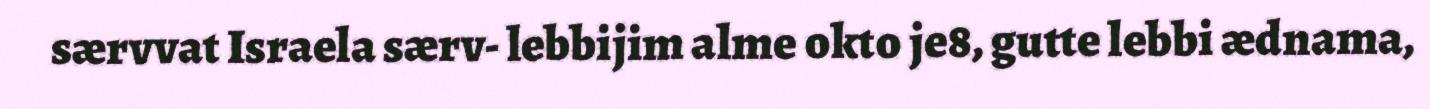
særvvat Israela særv- lebbijim alme okto je8, gutte lebbi ædnama,